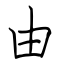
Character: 由